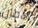
الآمان